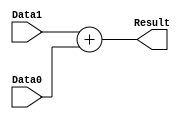
/******************************************************************
* Description
*	This is a  an adder that can be parameterized in its bit-width.
*	1.0
* Author:
*	Dr. Jos Luis Pizano Escalante
* email:
*	luispizano@iteso.mx
* Date:
*	16/08/2021
*
* Modified by:
*	IS727550 - Diaz Aguayo; IS727272 - Cordero Hernandez
******************************************************************/

module Adder_32_Bits
#
(
	parameter NBits=32
)
(
	input [NBits-1:0] Data0,
	input [NBits-1:0] Data1,
	
	output [NBits-1:0] Result
);

assign Result = Data1 + Data0;


endmodule